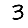
Digit: 3